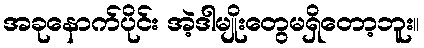
အခုနောက်ပိုင်း အဲ့ဒါမျိုးတွေမရှိတော့ဘူး။